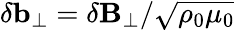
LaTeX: \mathbf{\delta b_{\perp}}=\mathbf{\delta B_{\perp}}/\sqrt{\rho_{0}\mu_{0}}